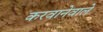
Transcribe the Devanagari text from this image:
करवानेवाले